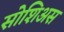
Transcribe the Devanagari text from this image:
सोशिअस